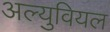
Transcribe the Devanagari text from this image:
अल्युवियल